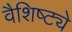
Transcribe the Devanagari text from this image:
वैशिष्‍ट्ये